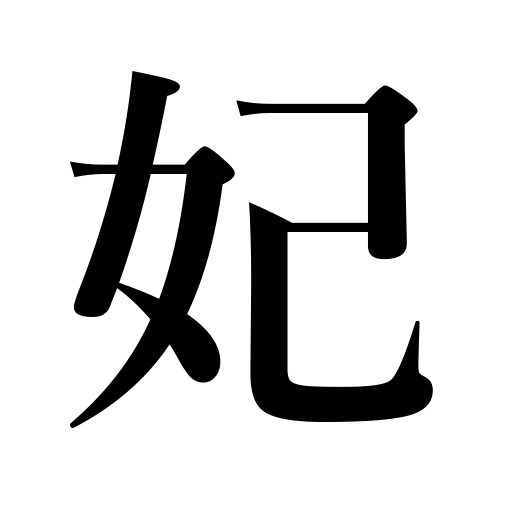
Meanings: princess,queen